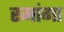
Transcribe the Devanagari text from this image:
रमांगा